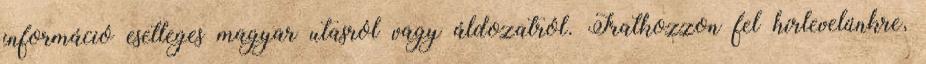
információ esetleges magyar utasról vagy áldozatról. Iratkozzon fel hírlevelünkre,